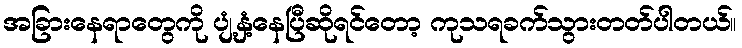
အခြားနေရာတွေကို ပျံ့နှံ့နေပြီဆိုရင်တော့ ကုသရခက်သွားတတ်ပါတယ်။